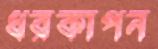
ধরকাপন